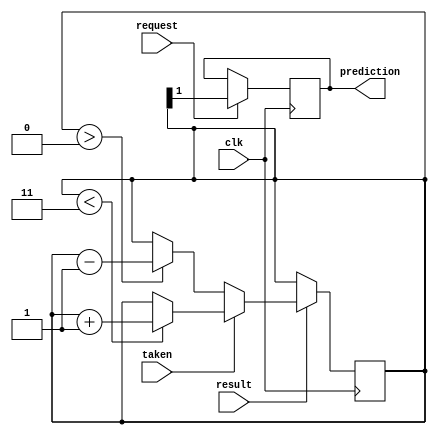
module predictor(
   input wire request,      // Request to make prediction   
   input wire clk,          // Clock signal
   input wire taken,        // Feedback if previous branch was taken  
   input wire result,
   output reg prediction    // Output prediction
);

 
   reg [1:0] counter = 2'b11;  // 2-bit Up/Down counter
      
   always @(posedge clk) begin
      if (result) begin    
         if (taken) begin
            if (counter < 2'd3)    
               counter <= counter + 1'b1; 
         end
         else begin   
            if (counter > 2'd0)
               counter <= counter - 1'b1;             
         end 
         
         // Prediction based on MSB of counter           
                    
      end   
      if (request)
         prediction <= counter[1];
   end
               
endmodule